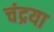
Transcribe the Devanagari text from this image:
चंद्रया